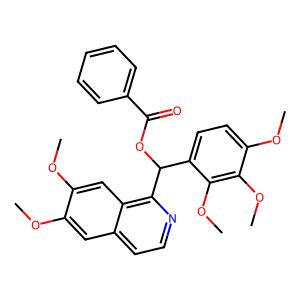
SMILES: COc1cc2ccnc(C(OC(=O)c3ccccc3)c3ccc(OC)c(OC)c3OC)c2cc1OC
Inhibits HIV replication: No